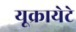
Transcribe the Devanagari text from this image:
यूक्रायेटे